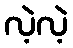
လဲ့လဲ့